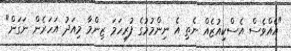
"އެއްވެސް އެސްކިއުޒެއް ނެތި އެ ނިންމުމުގެ ފުރިހަމަ ޒިންމާ މިއަދު އަހަރެން ނަގަން"